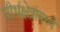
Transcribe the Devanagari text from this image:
तीर्थक्षेत्रामध्ये